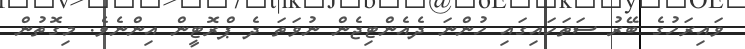
ވައިރަހުގެ ބޭރު ސަތަހައިގައި ހުންނަ ދެއެންޓިޖެން ނުވަތަ ދެ ޕްރޮޓީން އިންނެވެ. މިގޮތުން